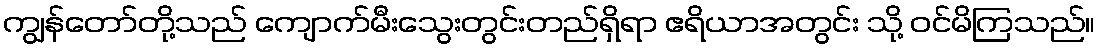
ကျွန်တော်တို့သည် ကျောက်မီးသွေးတွင်းတည်ရှိရာ ဧရိယာအတွင်း သို့ ဝင်မိကြသည်။